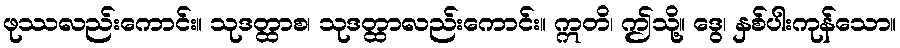
ဖုဿလည်းကောင်း။ သုဒတ္ထာစ၊ သုဒတ္ထာလည်းကောင်း။ ဣတိ၊ ဤသို့။ ဒွေ၊ နှစ်ပါးကုန်သော။